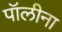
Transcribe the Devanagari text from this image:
पॉलीना